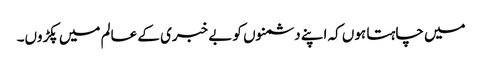
میں چاہتا ہوں کہ اپنے دشمنوں کو بے خبری کے عالم میں پکڑوں۔